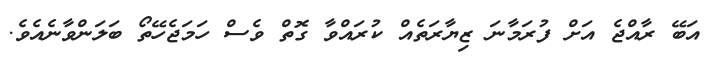
އަބޭ ރާއްޖެ އަށް ފުރަމާނަ ޒިޔާރަތެއް ކުރައްވާ ގޮތް ވެސް ހަމަޖެހޭތޯ ބަލަންވާނެއެވެ.